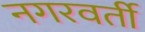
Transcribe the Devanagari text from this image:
नगरवर्ती